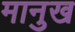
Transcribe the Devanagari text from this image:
मानुख